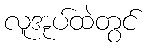
လူအုပ်ထဲတွင်